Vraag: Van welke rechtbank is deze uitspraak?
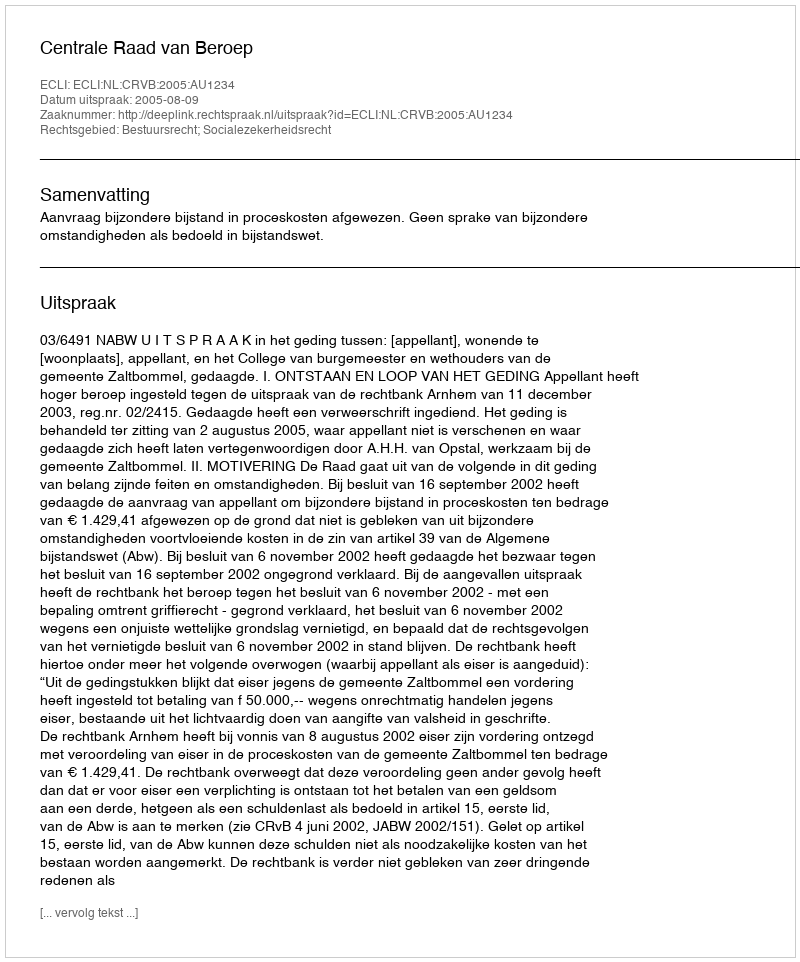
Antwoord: Centrale Raad van Beroep